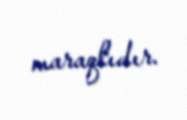
maraqlıdır.